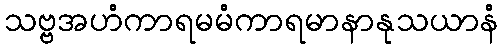
သဗ္ဗအဟံကာရမမံကာရမာနာနုသယာနံ